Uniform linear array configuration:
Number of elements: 4
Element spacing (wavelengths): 0.25
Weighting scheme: hann
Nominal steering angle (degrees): -30
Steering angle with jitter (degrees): -29.097
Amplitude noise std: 0.05
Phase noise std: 0.05

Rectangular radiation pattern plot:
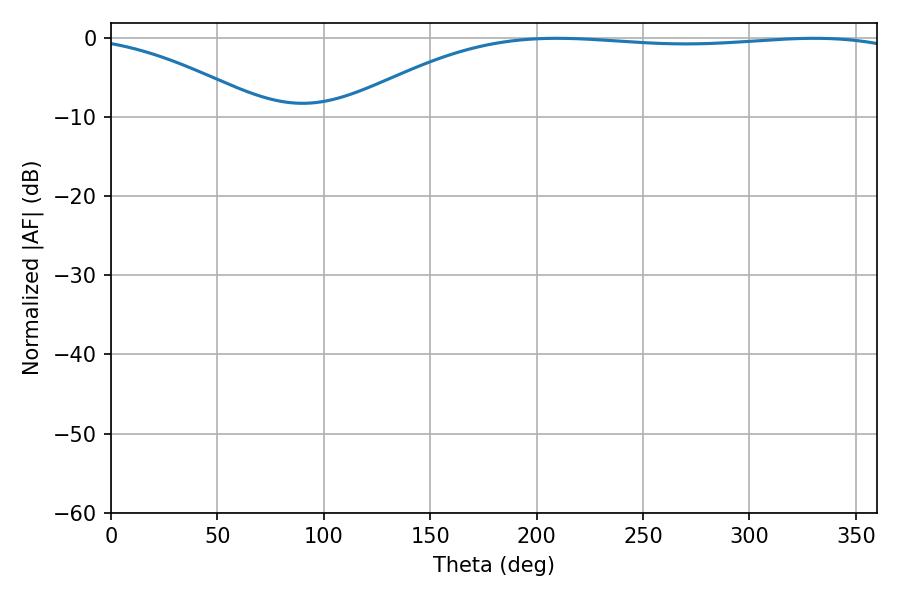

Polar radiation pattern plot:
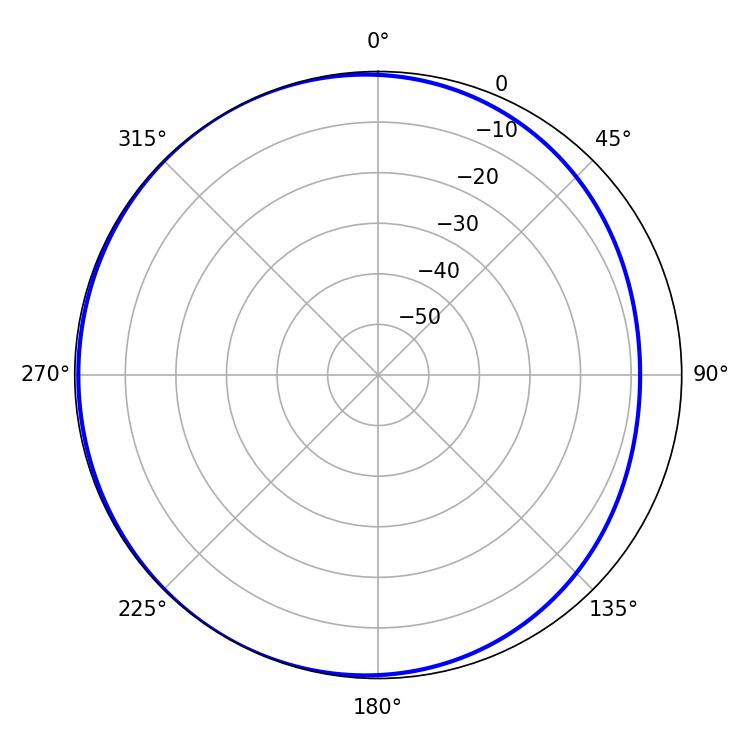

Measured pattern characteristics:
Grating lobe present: FALSE
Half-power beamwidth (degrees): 210.42
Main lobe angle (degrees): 209.52